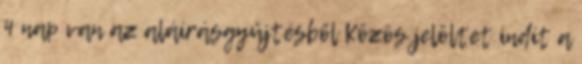
4 nap van az aláírásgyűjtésből Közös jelöltet indít a